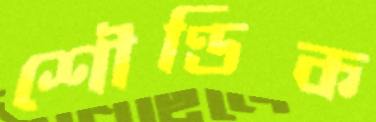
শৌণ্ডিক